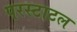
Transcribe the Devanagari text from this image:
परस्टाटल